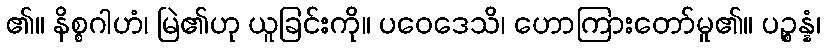
၏။ နိစ္စဂါဟံ၊ မြဲ၏ဟု ယူခြင်းကို။ ပဝေဒေသိ၊ ဟောကြားတော်မူ၏။ ပဉ္စန္နံ၊